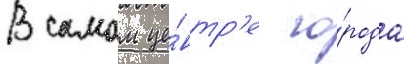
В самом це́нтр'е го́рода